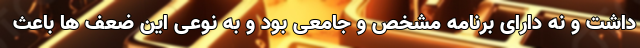
داشت و نه دارای برنامه مشخص و جامعی بود و به نوعی این ضعف ها باعث